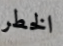
الخطر